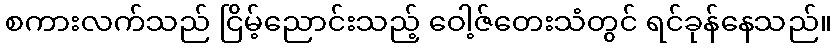
စကားလက်သည် ငြိမ့်ညောင်းသည့် ဝေါ့ဇ်တေးသံတွင် ရင်ခုန်နေသည်။